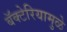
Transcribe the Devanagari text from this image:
बॅक्टेरियामुळे